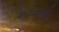
ચડાવશો